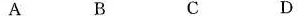
A B C D